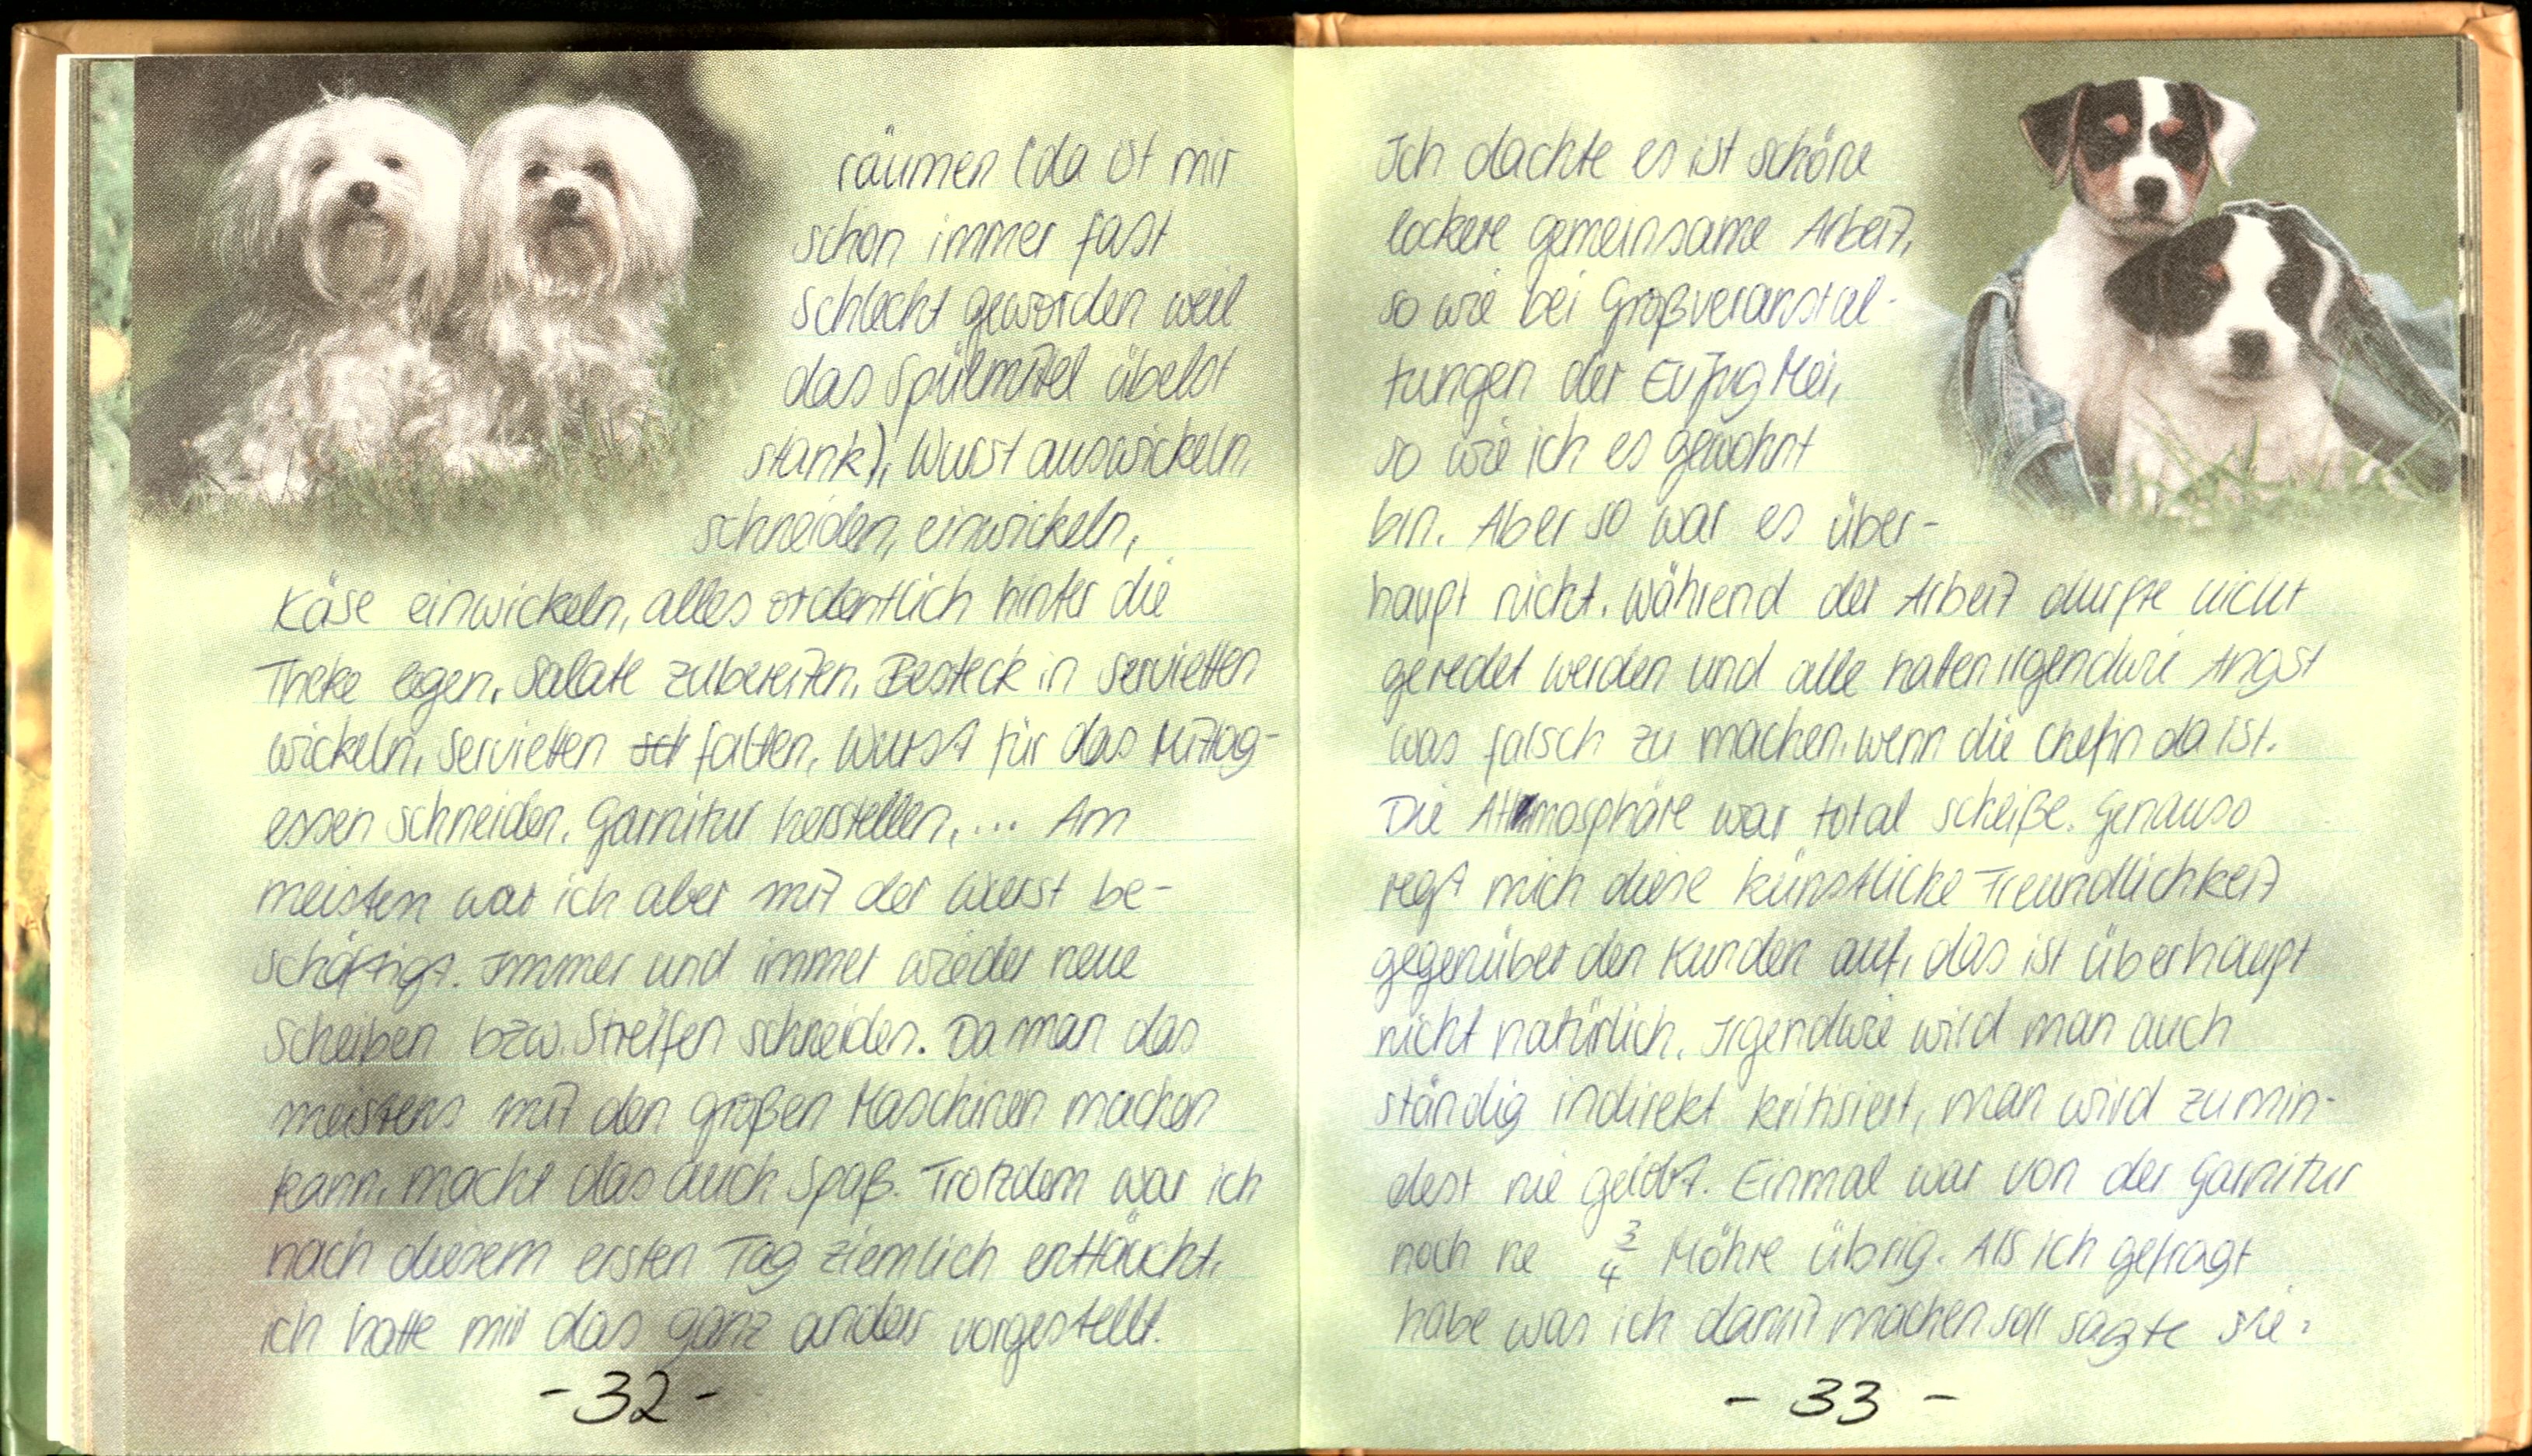
räumen (da st mir
schon immer fast
Schlecht geworden weil
das Spillmitel übelst
stunk), Wurst auswckeln.
schneiden, einwickeln,
Kase einwickeln, alles ordentlich hinter die
Theke legen, Salate zubereiten, Besteck in Serwietten
wickeln, Servietten  falten, Wus für das Mittag-
essen schneiden. Garhitur herstellen,... Am
meisten war ich aber mit der Wietst be-
schaftigs Immmer und immel wieder neue
Schlißen bzw. Strelfen schneien. Dasman das
netern mat den Großen Maschinen machen
namenacht das auch Spaß. Trotzuen war ich
gech Diesem ersten Tag ziemlich erttachte
ich hatte mir das ene wtder vorgestellt.

Ich dachte es ist schöne
lockere gemeinsame Arbeitz
So wie bei Großveranstal
fungen der Eufig Mei,
So hore ich es Gewohnt
bin. Aber so war es über-
haupt nicht. Während der Arbeit durfte nicht
geredet werden und alle haten irgendwie Angst
was falsch zu machen, wenn die Chefin da ist.
Die Altemosphäre war total scheiße. Genauss
regt mich diese künstliche Freundlichkeit
gegenüber den Kunden auf, das ist überhaupt
nicht natürlich. Irgendture wird man auch
ständig indirekt kritisiert, man wird zumin
dest nie geiobt. Einmal war von der Garnitur
seeb ne 2 Möhre übtig. Als ich gefragt
habe was ich danit mächen soll sagte sie: